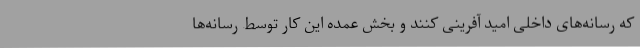
که رسانه‌های داخلی امید آفرینی کنند و بخش عمده این کار توسط رسانه‌ها